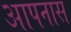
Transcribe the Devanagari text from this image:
आपनास